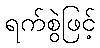
ရက်စွဲဖြင့်